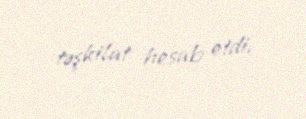
təşkilat hesab etdi.